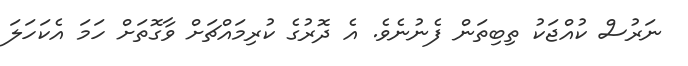
ނަރުސް ކުއްޖަކު ތިބިތަން ފެނުނެވެ. އެ ދޮރުގެ ކުރިމައްޗަށް ވާގޮތަށް ހަމަ އެކަހަލަ